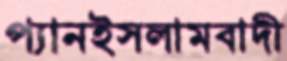
প্যানইসলামবাদী